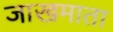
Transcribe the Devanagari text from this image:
जाखमाता